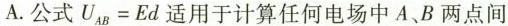
A.公式 $$U _ { A B } = E d$$ 适用于计算任何电场中A，B两点间